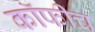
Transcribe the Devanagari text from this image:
कॉफीच